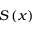
S \left( x \right)